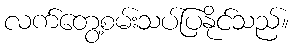
လက်တွေ့စမ်းသပ်ပြနိုင်သည်။